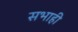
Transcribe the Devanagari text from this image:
सभाही